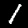
Label: 1